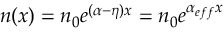
n ( x ) = n _ { 0 } e ^ { ( \alpha - \eta ) x } = n _ { 0 } e ^ { \alpha _ { e f f } x }